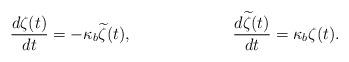
LaTeX: \begin{align*}\frac{d\zeta(t)}{dt} = -\kappa_b{\widetilde \zeta}(t),\hspace{1.0in}\frac{d{\widetilde \zeta}(t)}{dt} = \kappa_b\zeta(t).\end{align*}